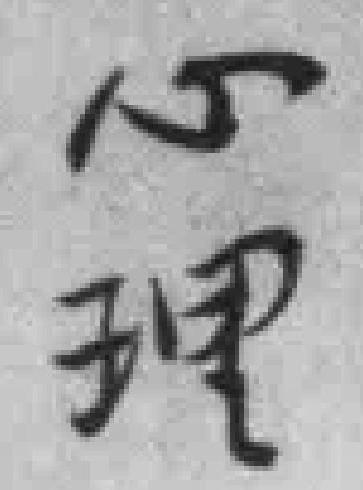
心理